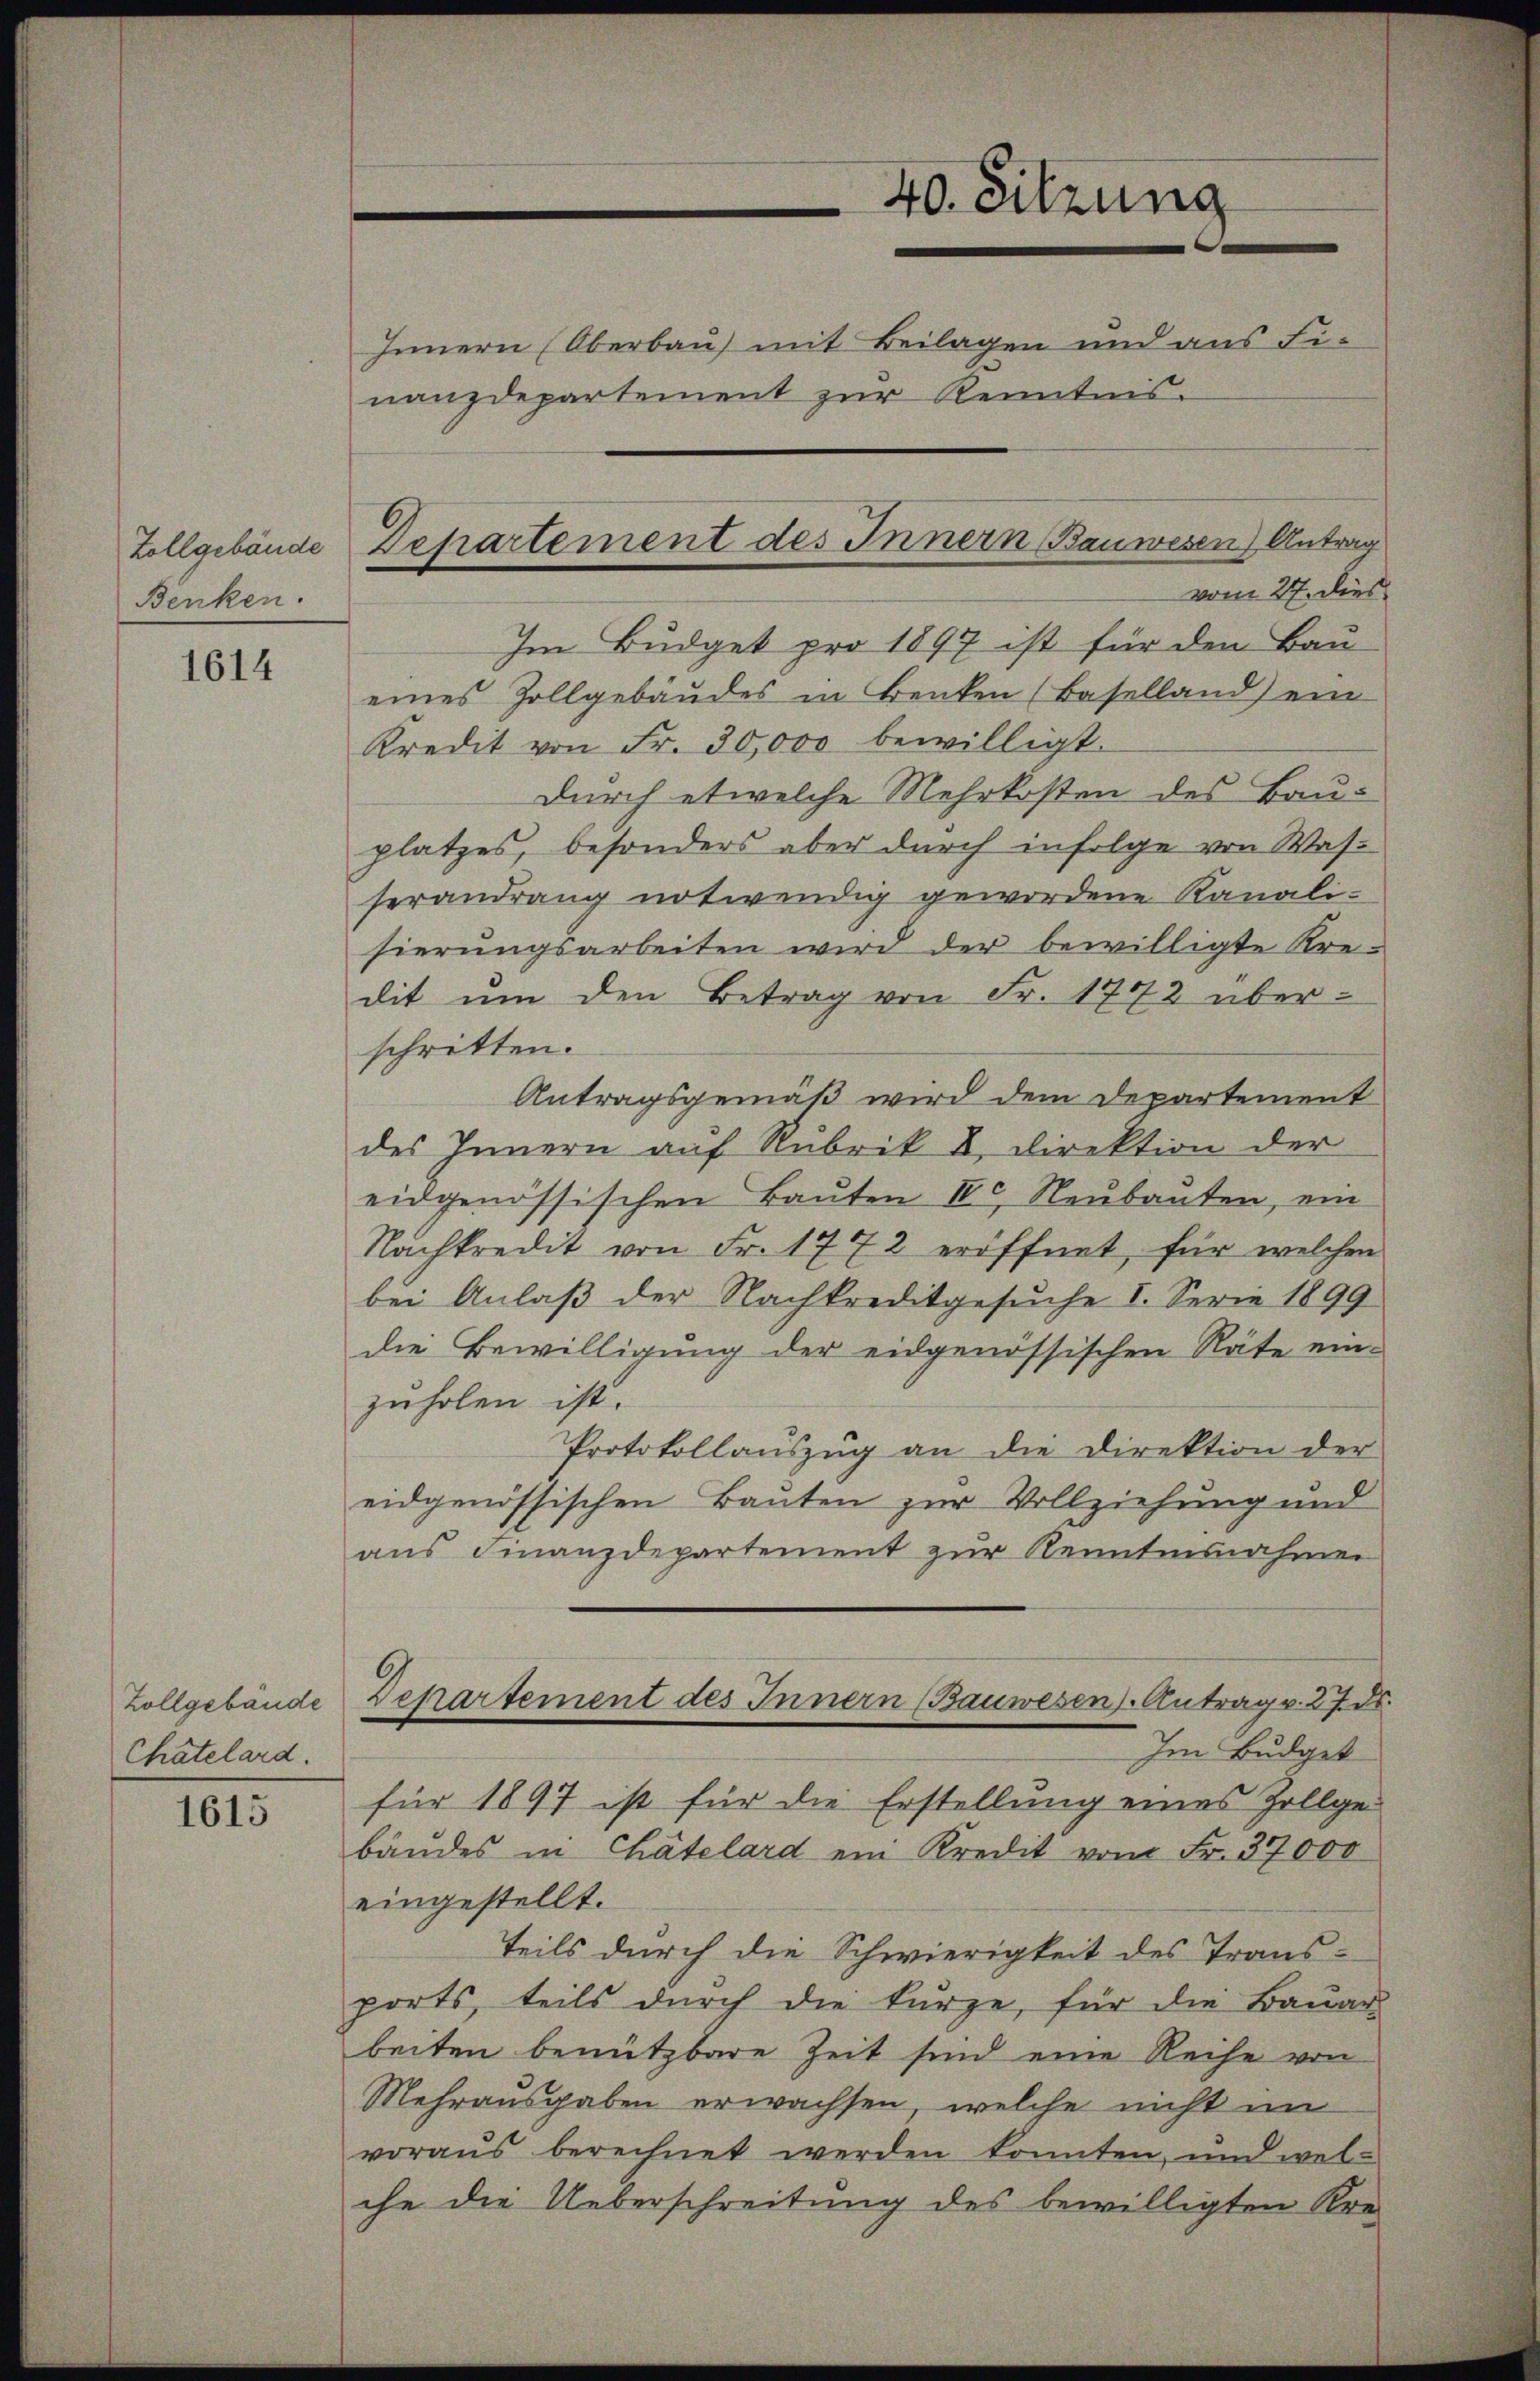
Zollgebäude
Benken.

1614

Zollgebäude
Chatelard.

1615

vom 27. dies
Im Budget pro 1897 ist für den Bau
eines Zollgebäudes in Benken (Baselland) ein
Kredit von Fr. 30,000 bewilligt.
durch etwelche Mehrkosten des Bauplatzes, besonders aber durch infolge von Wasserandrang notwendig gewordene Kanali-
sierungsarbeiten wird der bewilligte Kre-
dit um den Betrag von Fr. 1772 über-
schritten.
Antragsgemäß wird dem Departement
des Innern auf Rubrik 8. Direktion der
eidgenössischen Bauten IV. Neubauten, ein
Nachkredit von Fr. 1772 eröffnet, für welchen
bei Anlaß der Nachkreditgesuche I. Serie 1899
die Bewilligung der eidgenössischen Räte ein-
zuholen ist.
Protokollauszug an die Direktion der
eidgenössischen Bauten zur Vollziehung und
aus Finanzdepartement zur Kenntnisnahmen
Departement des Innern (Bauwesen) Antrag v. 27. ds.
Im Budget
für 1897 ist für die Erstellung eines Zollge-
bäudes in Chätelard ein Kredit vom Fr. 37000
eingestellt.
Teils durch die Schwierigkeit des Trans-
ports, teils durch die kurze, für die Bauar
beiten benutzbare Zeit sind eine Reihe von
Mehrausgaben erwachsen, welche nicht im
voraus berechnet werden konnten, und welche die Ueberschreitung des bewilligten Kre¬

40. Sitzung
Innern (Oberbau) mit Beilagen und aus Finanzdepartement zŭr Kenntnis.

Departement des Innern (Bauwesen) Antrag